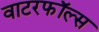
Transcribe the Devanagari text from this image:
वाटरफॉल्स